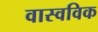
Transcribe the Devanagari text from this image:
वास्वविक